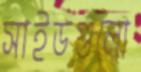
সাইডগুলো